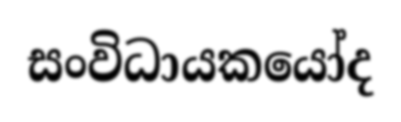
සංවිධායකයෝද